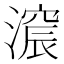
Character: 𣾋